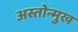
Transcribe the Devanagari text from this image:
अस्तोन्मुख